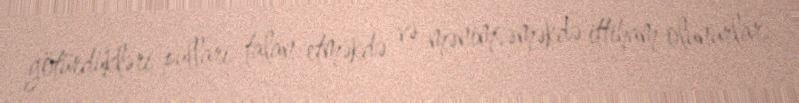
götürdükləri pulları talan etməkdə və mənimsəməkdə ittiham olunurlar.